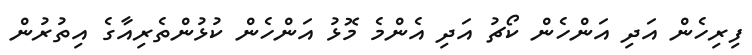
ފިރިހެން އަދި އަންހެން ކޯޗު އަދި އެންމެ މޮޅު އަންހެން ކުޅުންތެރިއާގެ އިތުރުން